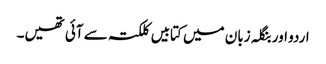
اردو اور بنگلہ زبان میں کتابیں کلکتہ سے آئی تھیں۔